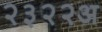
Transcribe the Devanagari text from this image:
२३२२अ